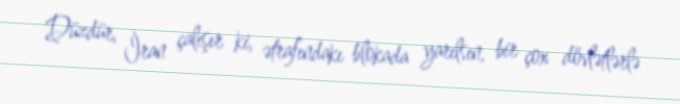
Düzdür, İran çalışır ki, ətrafındakı blokada yarılsın, bir çox dövlətlərlə